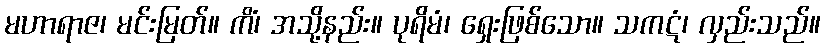
မဟာရာဇ၊ မင်းမြတ်။ ကိံ၊ အသို့နည်း။ ပုရိမံ၊ ရှေးဖြစ်သော။ သကဋံ၊ လှည်းသည်။